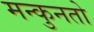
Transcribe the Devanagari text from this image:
मन्कुनतो